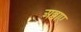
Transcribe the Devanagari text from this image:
अब्बाए